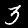
Label: 3